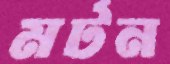
মর্টন